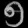
Digit: ၅